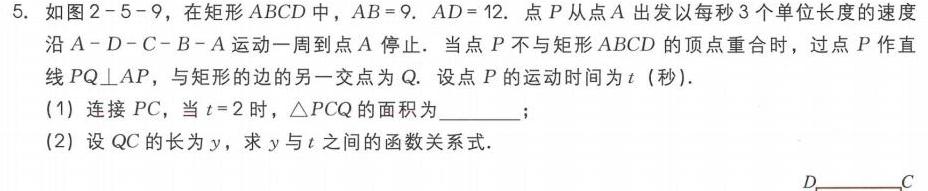
5. 如图2 - 5 - 9，在矩形\(ABCD\)中，\(AB = 9\)，\(AD = 12\)。点\(P\)从点\(A\)出发以每秒\(3\)个单位长度的速度沿\(A - D - C - B - A\)运动一周到点\(A\)停止。当点\(P\)不与矩形\(ABCD\)的顶点重合时，过点\(P\)作直线\(PQ\perp AP\)，与矩形的边的另一交点为\(Q\)。设点\(P\)的运动时间为\(t\)（秒）。
(1) 连接\(PC\)，当\(t = 2\)时，\(\triangle PCQ\)的面积为________；
(2) 设\(QC\)的长为\(y\)，求\(y\)与\(t\)之间的函数关系式。